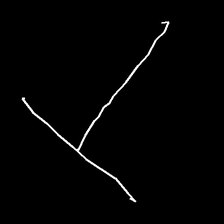
Glyph: column